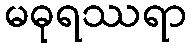
မဓုရဿရာ